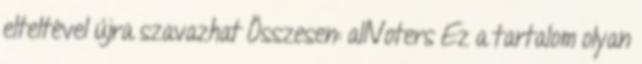
elteltével újra szavazhat Összesen: allVoters Ez a tartalom olyan